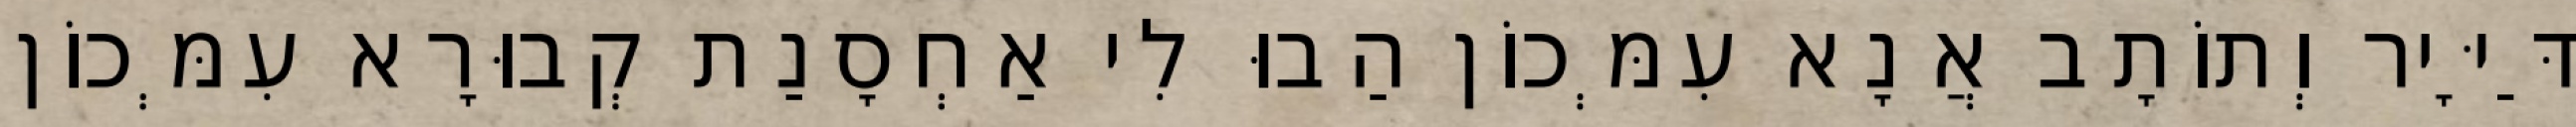
דַּיָּיר וְתוֹתָב אֲנָא עִמְּכוֹן הַבוּ לִי אַחְסָנַת קְבוּרָא עִמְּכוֹן